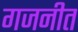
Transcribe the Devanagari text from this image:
गजनीत